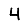
Digit: 4